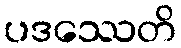
ပဒဿေတိ